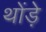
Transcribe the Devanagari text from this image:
थोंड़े